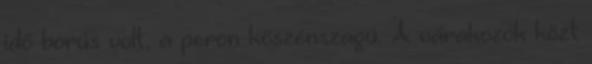
idő borús volt, a peron kőszénszagú. A várakozók közt